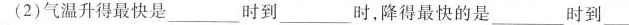
(2)气温升得最快是___时到___时，降得最快的是___时到___